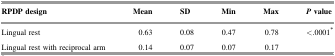
<table><thead><tr><td><b>RPDP design</b></td><td><b>Mean</b></td><td><b>SD</b></td><td><b>Min</b></td><td><b>Max</b></td><td><b><i>P</i> value</b></td></tr></thead><tbody><tr><td>Lingual rest</td><td>0.63</td><td>0.08</td><td>0.47</td><td>0.78</td><td rowspan="2">&lt;.0001<sup>∗</sup></td></tr><tr><td>Lingual rest with reciprocal arm</td><td>0.14</td><td>0.07</td><td>0.07</td><td>0.17</td></tr></tbody></table>